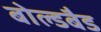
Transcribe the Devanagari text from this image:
बोल्डबैड